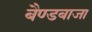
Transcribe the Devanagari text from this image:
बैण्डबाजा